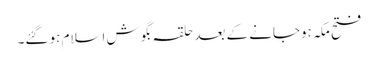
فتح مکہ ہوجانے کے بعد حلقہ بگوش اسلام ہو گئے۔